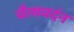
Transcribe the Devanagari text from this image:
चैत्यवदंन